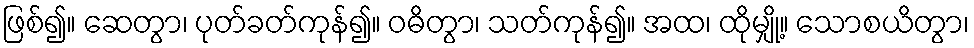
ဖြစ်၍။ ဆေတွာ၊ ပုတ်ခတ်ကုန်၍။ ဝဓိတွာ၊ သတ်ကုန်၍။ အထ၊ ထိုမျှို့။ သောစယိတွာ၊